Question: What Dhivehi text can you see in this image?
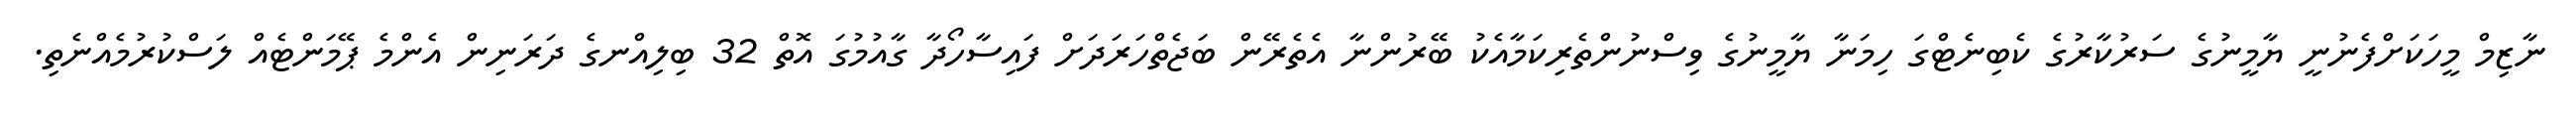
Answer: ނާޒިމް މީހަކަށްފެނުނީ ޔާމީނުގެ ސަރުކާރުގެ ކެބިނެޓްގަ ހިމަނާ ޔާމީނުގެ ވިސްނުންތެރިކަމާއެކު ބޭރުންނާ އެތެރޭން ބަޖެތްހަރަދަށް ފައިސާހޯދާ ގާއުމުގަ އޮތް 32 ބިލިއްނގެ ދަރަނިން އެންމެ ޕޭމަންޓެއް ލަސްކުރުމެއްނެތި.